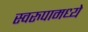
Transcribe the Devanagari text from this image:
स्वरुपामध्ये